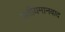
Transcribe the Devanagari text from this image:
प्रतीयमानवाद